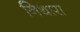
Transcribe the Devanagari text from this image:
निथारा